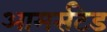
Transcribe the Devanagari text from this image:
आमर्सटेड